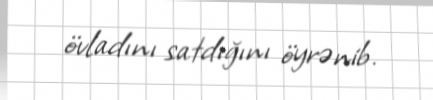
övladını satdığını öyrənib.